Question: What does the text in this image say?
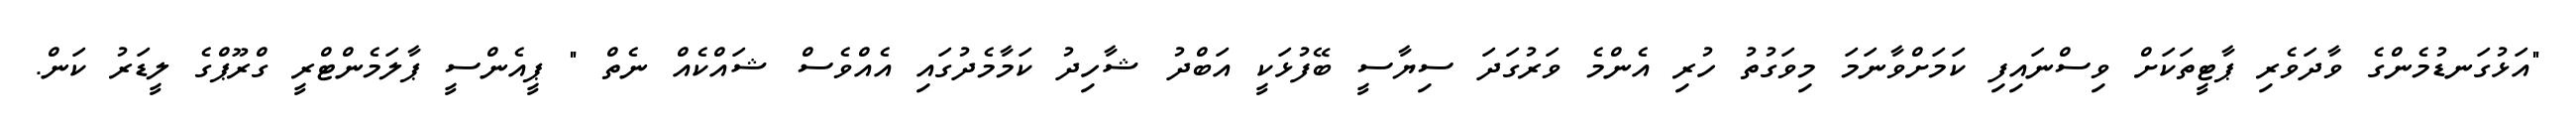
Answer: "އަޅުގަނޑުމެންގެ ވާދަވެރި ޕާޓީތަކަށް ވިސްނައިފި ކަމަށްވާނަމަ މިވަގުތު ހުރި އެންމެ ވަރުގަދަ ސިޔާސީ ބޭފުޅަކީ އަބްދު ޝާހިދު ކަމާމެދުގައި އެއްވެސް ޝައްކެއް ނެތް " ޕީއެންސީ ޕާލަމެންޓްރީ ގްރޫޕްގެ ލީޑަރު ކަން.